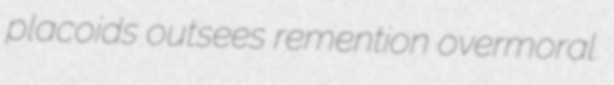
placoids outsees remention overmoral